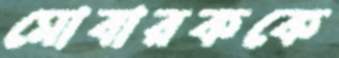
মোবারককে